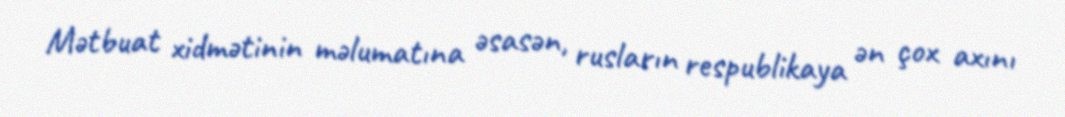
Mətbuat xidmətinin məlumatına əsasən, rusların respublikaya ən çox axını